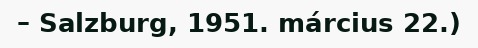
– Salzburg, 1951. március 22.)